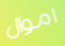
اموال